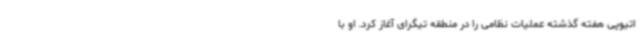
اتیوپی هفته گذشته عملیات نظامی را در منطقه تیگرای آغاز کرد. او با